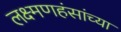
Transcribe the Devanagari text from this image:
लक्ष्मणहंसांच्या